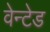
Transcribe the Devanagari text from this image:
वेन्टेड